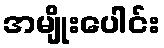
အမျိုးပေါင်း